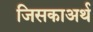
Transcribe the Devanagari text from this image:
जिसकाअर्थ